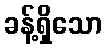
ခန့်ရှိသော